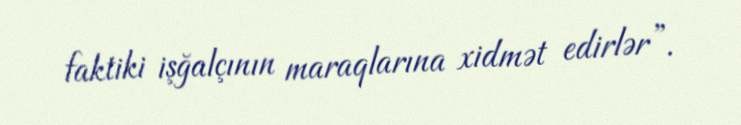
faktiki işğalçının maraqlarına xidmət edirlər”.